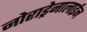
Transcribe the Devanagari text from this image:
नोराड्रेनालाईन